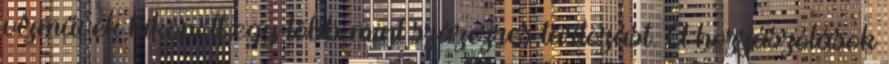
vízművek kiköpött egy több mint százezres tartozást. A hozzászólások